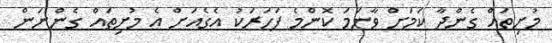
މުށިތައް ގެންދާ ކަމަށް ވާނަމަ ކޮންމެ ފަހަރަކު އެގެއަށް އެ މުށިތައް ގެންނަން